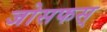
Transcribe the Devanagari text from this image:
जोसफस्